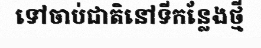
ទៅចាប់ជាតិនៅទីកន្លែងថ្មី